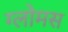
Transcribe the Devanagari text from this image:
ग्लोमस